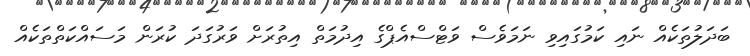
ބަދަލުތަކެއް ނައި ކަމުގައިވި ނަމަވެސް ވަޓްސްއެޕްގެ އިދުމަތް އިތުރަށް ވަރުގަދަ ކުރަން މަސައްކަތްތަކެއް